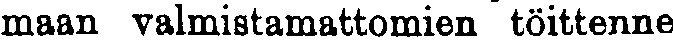
maan valmistamattomien töittenne